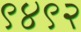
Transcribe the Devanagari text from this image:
९४९२